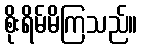
စိုးရိမ်မိကြသည်။